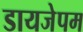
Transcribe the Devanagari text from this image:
डायजेपम